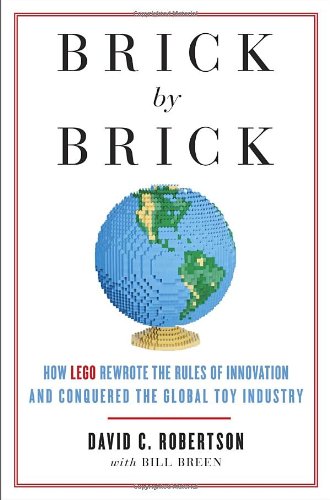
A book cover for Brick by Brick: How LEGO Rewrote the Rules of Innovation and Conquered the Global Toy Industry; David Robertson; Business & Money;